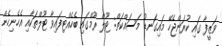
ވަޒީފާ ގައި ކުރަންޖެހޭ މައިގަނޑު މަސައްކަތް: ޓޫލް ރޫމްގައި ބެހެއްޓިފައިވާ ޓޫލްތަކާއި އެހެނިހެން